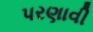
પરણાવી